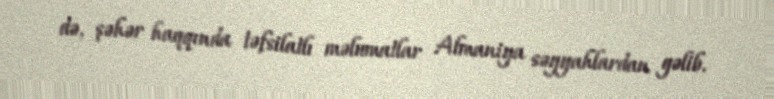
də, şəhər haqqında təfsilatlı məlumatlar Almaniya səyyahlardan gəlib.